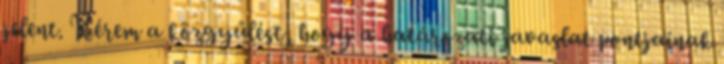
jelent. Kérem a közgyűlést, hogy a határozati javaslat pontjainak